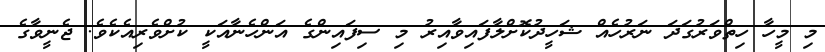
މި މީހާ ހިތްވަރުގަދަ ނަރުހެއް ޝަހީދުކޮށްލާފައިވާއިރު މި ސިފައިންގެ އަންހެނާއަކީ ކުށްވެރިއެކެވެ. ޖެނީވާގެ